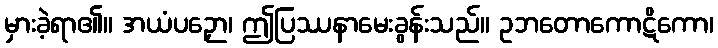
မှားခဲ့ရာ၏။ အယံပဉှော၊ ဤပြဿနာမေးခွန်းသည်။ ဥဘတောကောဋိကော၊